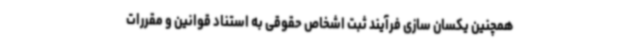
همچنین یکسان سازی فرآیند ثبت اشخاص حقوقی به استناد قوانین و مقررات